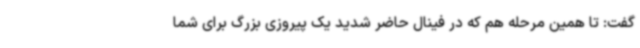
گفت: تا همین‌ مرحله هم که در فینال حاضر شدید یک پیروزی بزرگ برای شما